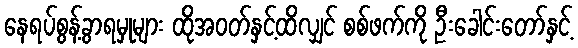
နေရပ်စွန့်ခွာရမှုများ ထိုအဝတ်နှင့်ထိလျှင် စစ်ဖက်ကို ဦးခေါင်းတော်နှင့်